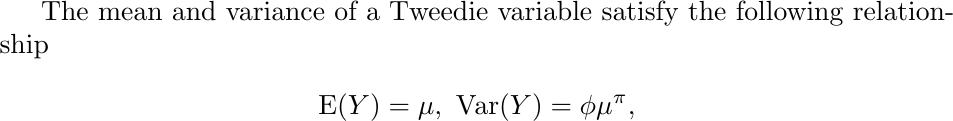
The  mean and variance of a Tweedie variable satisfy the following relationship \begin{gather*}
	\mathrm{E}(Y)=\mu,~
	\mathrm{Var}(Y)= \phi \mu^{\pi},
\end{gather*}